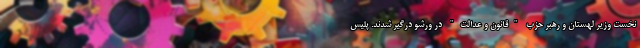
نخست وزیر لهستان و رهبر حزب "قانون و عدالت" در ورشو درگیر شدند. پلیس